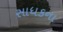
સાધકના